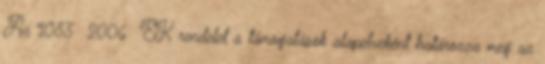
Az 1083 2006 EK rendelet a támogatások alapelveként határozza meg az